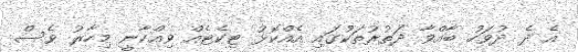
އެ ދެ ދުވަހު ބާއްވާ ދަތުރުތަކުގައި އެއްކޮޅު ޓިކެޓެއް ވިއްކާނީ މިހާރު ވެސް